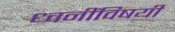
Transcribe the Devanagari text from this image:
ध्वनींविषयी